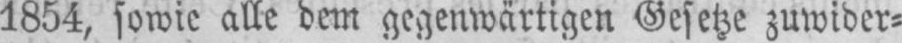
1854, sowie alle dem gegenwärtigen Gesetze zuwider⸗